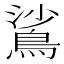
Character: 𬷙